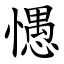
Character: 㦙